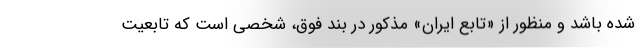
شده باشد و منظور از «تابع ایران» مذکور در بند فوق، شخصی است که تابعیت